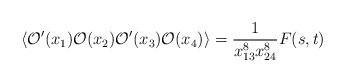
\begin{align*}\langle {\mathcal O}'(x_1) {\mathcal O}(x_2) {\mathcal O}'(x_3) {\mathcal O}(x_4)\rangle =\frac{1}{x_{13}^8 x_{24}^8} F(s, t)\end{align*}